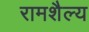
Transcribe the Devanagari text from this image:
रामशैल्य